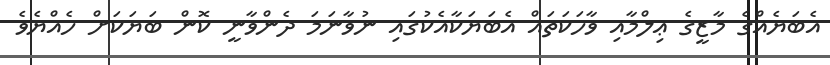
އެބަޔެއްގެ މާޒީގެ ޢިލްމާއި ވާހަކަތައް އެބަޔަކާއެކުގައި ނުވާނަމަ ދެންވާނީ ކޮން ބަޔަކަށް ހެއްޔެވެ